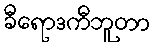
ခီရောဒကီဘူတာ